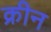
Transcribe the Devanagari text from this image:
क्रीन